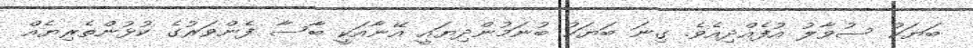
ބަޔަކު ސުވާލު އުފެއްދިއެވެ. ގިނަ ބަޔަކު ބުނަމުންދިޔައީ އޭނާއަކީ ބާސާ ފެންވަރުގެ ކުޅުންތެރިޔެއް